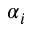
\alpha _ { i }